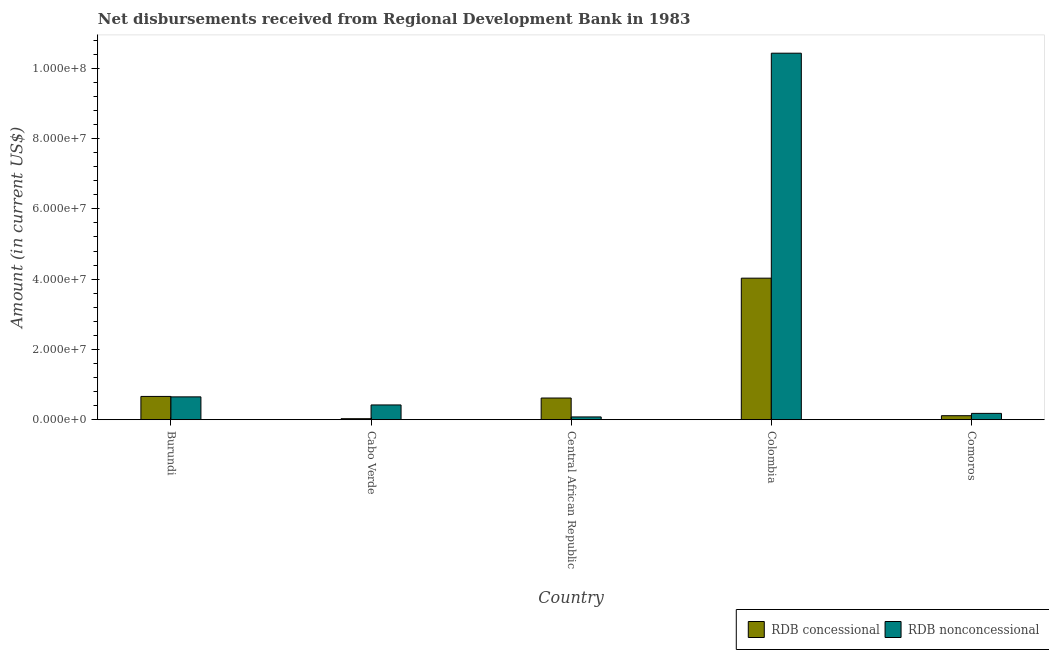
| Country | RDB concessional | RDB nonconcessional |
 | --- | --- | --- |
 | Burundi | 6.62e+06 | 6.5e+06 |
 | Cabo Verde | 2.84e+05 | 4.2e+06 |
 | Central African Republic | 6.17e+06 | 7.88e+05 |
 | Colombia | 4.03e+07 | 1.04e+08 |
 | Comoros | 1.14e+06 | 1.8e+06 |